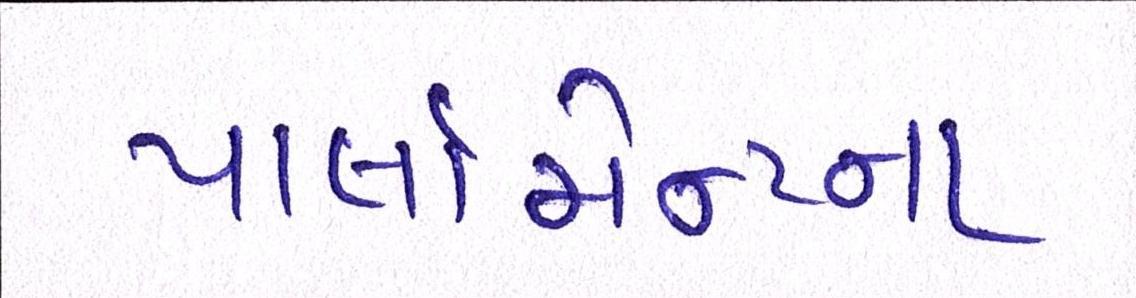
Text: પાર્લામેન્ટના